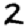
Digit: 2